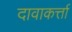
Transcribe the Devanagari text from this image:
दावाकर्त्ता